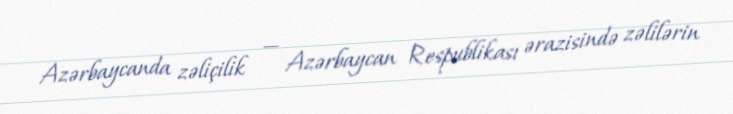
Azərbaycanda zəliçilik — Azərbaycan Respublikası ərazisində zəlilərin